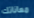
معاناتك